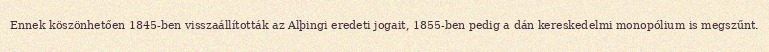
Ennek köszönhetően 1845-ben visszaállították az Alþingi eredeti jogait, 1855-ben pedig a dán kereskedelmi monopólium is megszűnt.